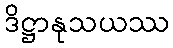
ဒိဋ္ဌာနုသယဿ